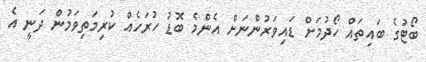
ބޯޓުގެ ބައިތައް ހޯދުމަށް ޑައިވަރުންނަށް އެންމެ ބޮޑު ހުރަހެއް ކުރިމަތިވަމުން ދަނީ އެ